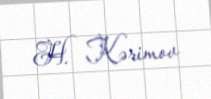
H. Kərimov